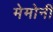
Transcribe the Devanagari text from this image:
मेमोनी